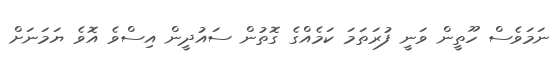
ނަމަވެސް ހޫތީން ވަނީ ފުރަތަމަ ކަމެއްގެ ގޮތުން ސައުދީން އިސްވެ އޮވެ ޔަމަނަށް